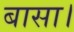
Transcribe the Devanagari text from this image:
बासा।